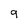
Character: 9